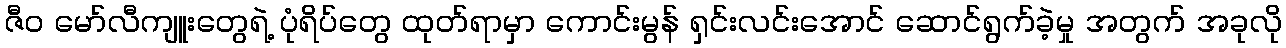
ဇီ၀ မော်လီကျူးတွေရဲ့ ပုံရိပ်တွေ ထုတ်ရာမှာ ကောင်းမွန် ရှင်းလင်းအောင် ဆောင်ရွက်ခဲ့မှု အတွက် အခုလို